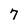
Character: 7